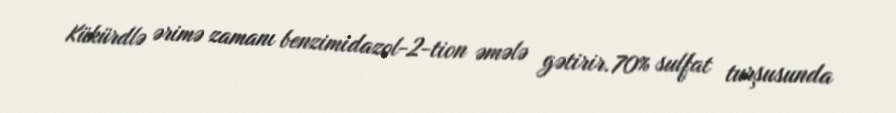
Kükürdlə ərimə zamanı benzimidazol-2-tion əmələ gətirir.70% sulfat turşusunda